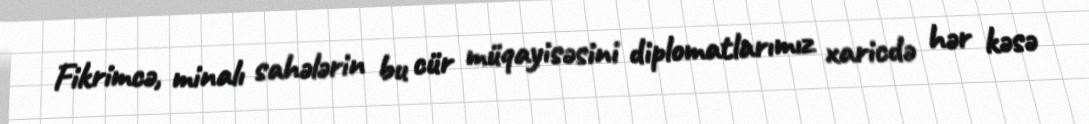
Fikrimcə, minalı sahələrin bu cür müqayisəsini diplomatlarımız xaricdə hər kəsə